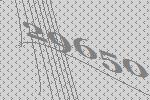
29650